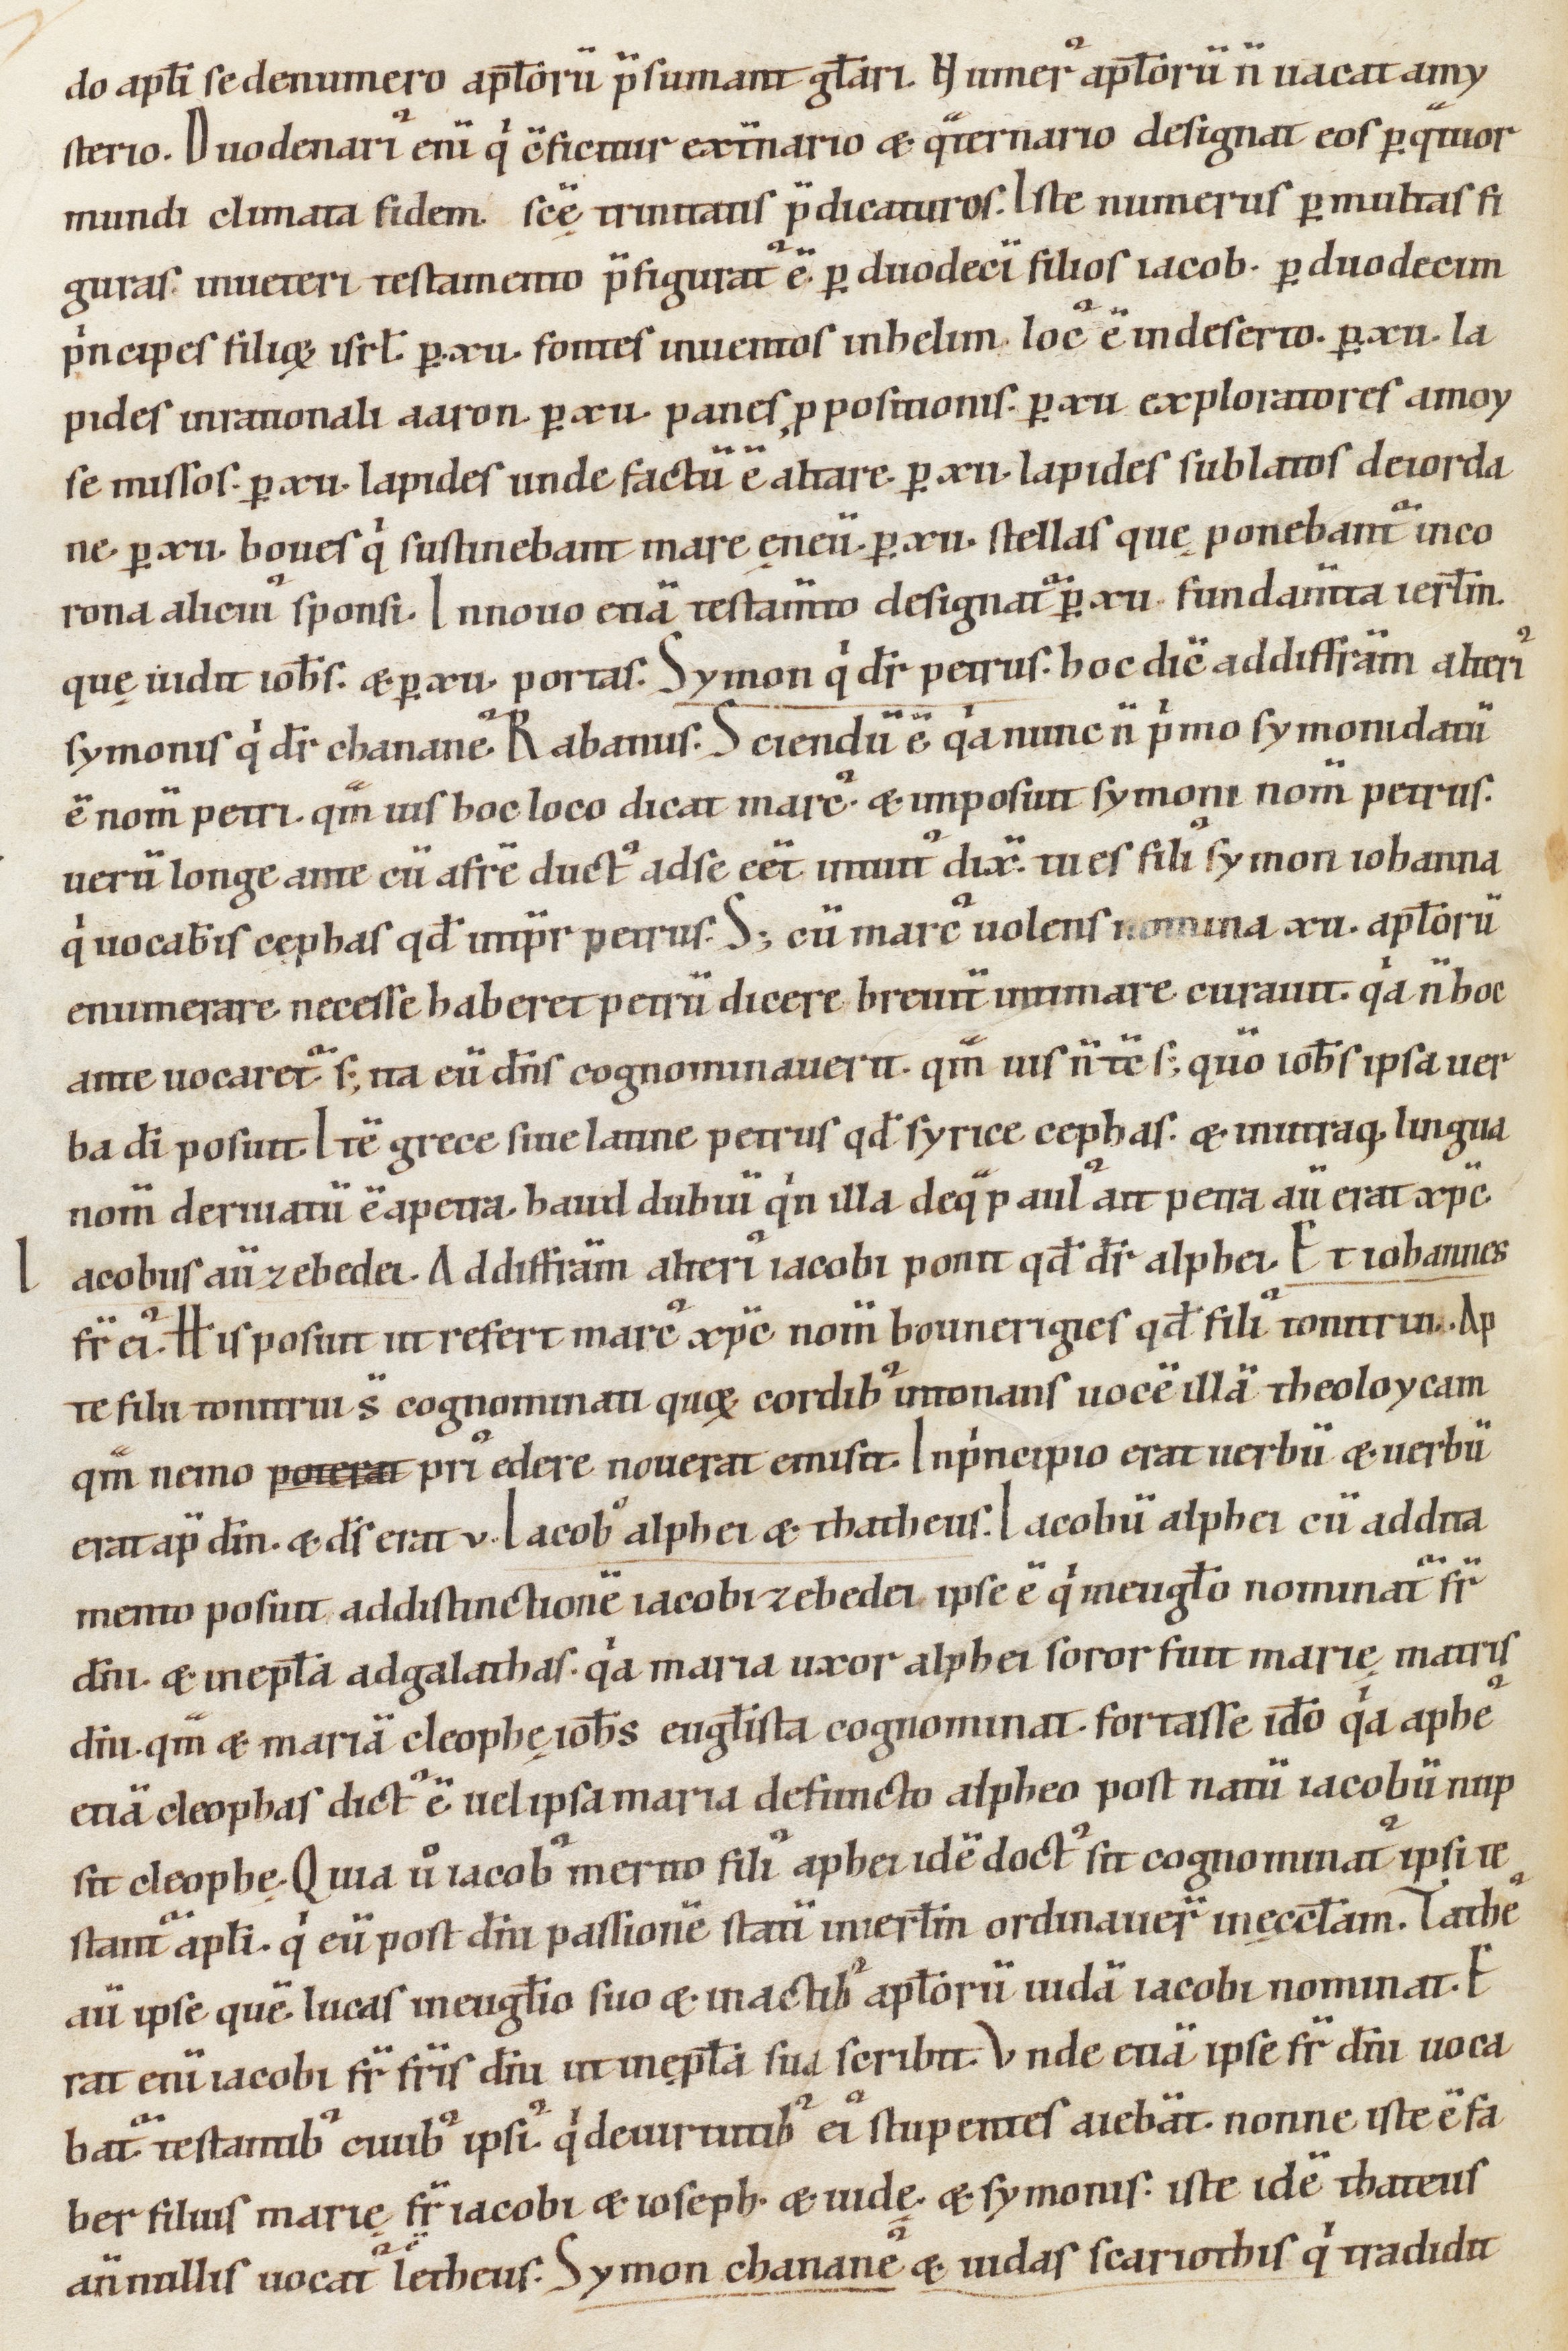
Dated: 1000–1199